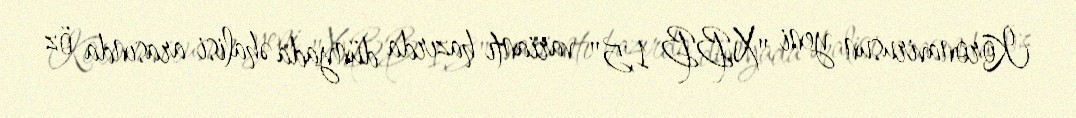
Koronavirusun yeni "XBB 1,5" variantı hazırda dünyada əhalisi arasında öz